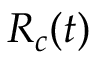
\boldsymbol { R } _ { c } ( t )